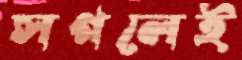
সগলেই